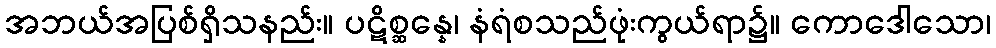
အဘယ်အပြစ်ရှိသနည်း။ ပဋိစ္ဆန္နေ၊ နံရံစသည်ဖုံးကွယ်ရာ၌။ ကောဒေါသော၊